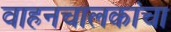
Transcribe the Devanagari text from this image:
वाहनचालकांचा